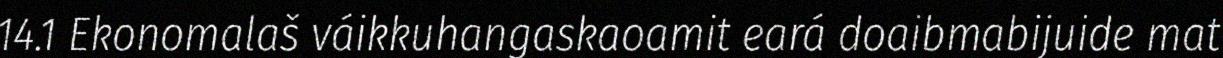
14.1 Ekonomalaš váikkuhangaskaoamit eará doaibmabijuide mat